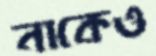
নাকেও